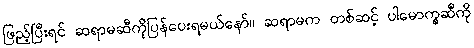
ဖြည့်ပြီးရင် ဆရာမဆီကိုပြန်ပေးရမယ်နော်။ ဆရာမက တစ်ဆင့် ပါမောက္ခဆီကို